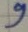
Text: 9